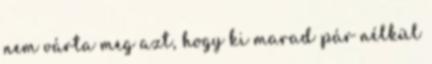
nem várta meg azt, hogy ki marad pár nélkül